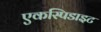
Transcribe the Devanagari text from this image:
एकस्पिडाइट